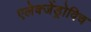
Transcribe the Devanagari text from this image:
एलेक्जेंड्रोविच